Civil Veterinary Department. United Provinces 1923-31 - 1923-1931
Year: 1923
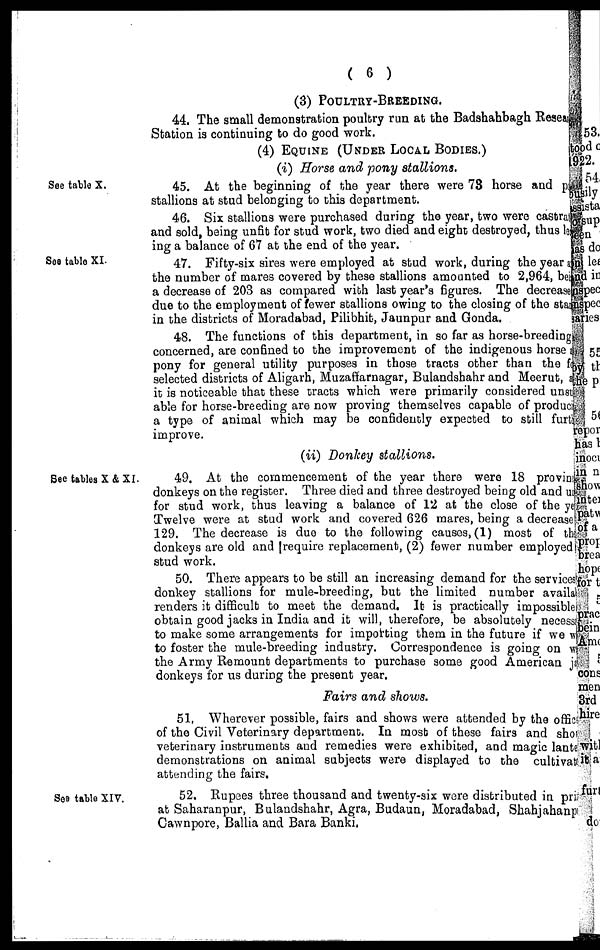
( 6 )
(3) POULTRY-BREEDING.
44. The small demonstration poultry run at the Badshahbagh Resear
Station is continuing to do good work.
(4) EQUINE (UNDER LOCAL BODIES.)
(i) Horse and pony stallions.
See table X.
45. At the beginning of the year there were 73 horse and p
stallions at stud belonging to this department.
46. Six stallions were purchased during the year, two were castra
and sold, being unfit for stud work, two died and eight destroyed, thus le
ing a balance of 67 at the end of the year.
See table XI.
47. Fifty-six sires were employed at stud work, during the year a
the number of mares covered by these stallions amounted to 2,964, bei
a decrease of 203 as compared with last year's figures. The decrease
due to the employment of fewer stallions owing to the closing of the star
in the districts of Moradabad, Pilibhit, Jaunpur and Gonda.
48. The functions of this department, in so far as horse-breeding
concerned, are confined to the improvement of the indigenous horse
pony for general utility purposes in those tracts other than the
selected districts of Aligarh, Muzaffarnagar, Bulandshahr and Meerut,
it is noticeable that these tracts which were primarily considered uns
able for horse-breeding are now proving themselves capable of produci
a type of animal which may be confidently expected to still furth
improve.
(ii) Donkey stallions.
See tables X & XI.
49. At the commencement of the year there were 18 provin
donkeys on the register. Three died and three destroyed being old and us
for stud work, thus leaving a balance of 12 at the close of the year
Twelve were at stud work and covered 626 mares, being a decrease
129. The decrease is due to the following causes, (1) most of the
donkeys are old and (require replacement, (2) fewer number employed
stud work.
50. There appears to be still an increasing demand for the services
donkey stallions for mule-breeding, but the limited number availa
renders it difficult to meet the demand. It is practically impossible
obtain good jacks in India and it will, therefore, be absolutely necess
to make some arrangements for importing them in the future if we w
to foster the mule-breeding industry. Correspondence is going on w
the Army Remount departments to purchase some good American j
donkeys for us during the present year.
Fairs and shows.
51. Wherever possible, fairs and shows were attended by the offic
of the Civil Veterinary department. In most of these fairs and she
veterinary instruments and remedies were exhibited, and magic lant
demonstrations on animal subjects were displayed to the cultivat
attending the fairs.
See table XIV.
52. Rupees three thousand and twenty-six ware distributed in pri
at Saharanpur, Bulandshahr, Agra, Budaun, Moradabad, Shahjahanp
Cawnpore, Ballia and Bara Banki,